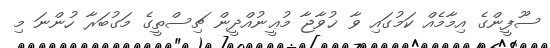
ސޫފީންގެ އިމާމެއް ކަމުގައި ވާ ޚުވާޖާ މުޢީނުއްދީން ޗިސްތީގެ މަގުބަރާ ހުންނަ މި